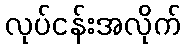
လုပ်ငန်းအလိုက်